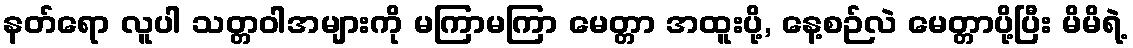
နတ်ရော လူပါ သတ္တဝါအများကို မကြာမကြာ မေတ္တာ အထူးပို့, နေ့စဉ်လဲ မေတ္တာပို့ပြီး မိမိရဲ့